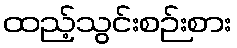
ထည့်သွင်းစဉ်းစား